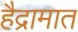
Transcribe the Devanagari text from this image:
हैद्रामात